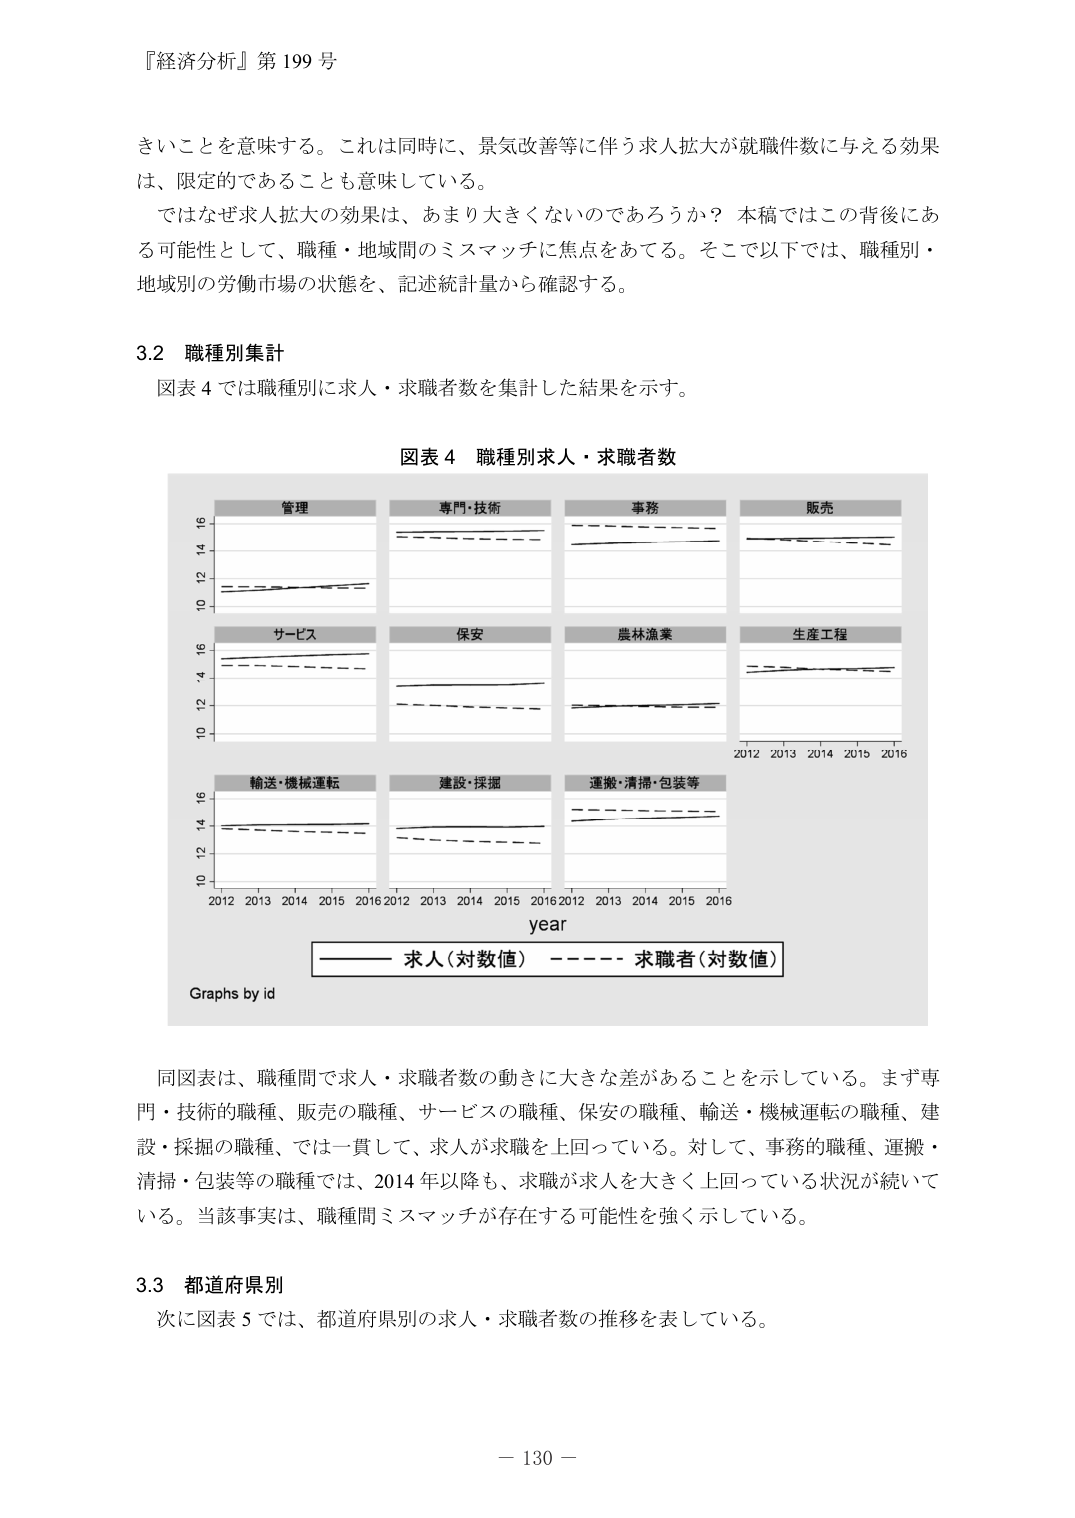
『経済分析』第199号

きいことを意味する。これは同時に、景気改善等に伴う求人拡大が就職件数に与える効果は、限定的であることも意味している。

ではなぜ求人拡大の効果は、あまり大きくないのだろうか？ 本稿ではこの背後にある可能性として、職種・地域間のミスマッチに焦点をあてる。そこで以下では、職種別・地域別の労働市場の状態を、記述統計量から確認する。

3.2 職種別集計

図表4では職種別に求人・求職者数を集計した結果を示す。

図表4 職種別求人・求職者数

管理
専門・技術
事務
販売
サービス
保安
農林漁業
生産工程
輸送・機械運転
建設・採掘
運搬・清掃・包装等

2012 2013 2014 2015 2016
year

―――― 求人（対数値） ———— 求職者（対数値）

Graphs by id

同図表は、職種間で求人・求職者数の動きに大きな差があることを示している。まず専門・技術の職種、販売の職種、サービスの職種、保安の職種、輸送・機械運転の職種、建設・採掘の職種、では一貫して、求人が求職を上回っている。対して、事務の職種、運搬・清掃・包装等の職種では、2014年以降も、求職が求人を大きく上回っている状況が続いている。当該事実は、職種間ミスマッチが存在する可能性を強く示している。

3.3 都道府県別

次に図表5では、都道府県別の求人・求職者数の推移を表している。

－ 130 －